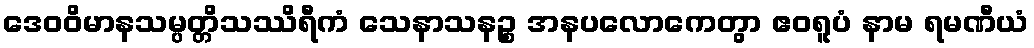
ဒေဝဝိမာနသမ္ပတ္တိသဿိရီကံ သေနာသနဉ္စ အနပလောကေတွာ ဧဝရူပံ နာမ ရမဏီယံ